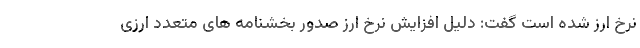
نرخ ارز شده است گفت: دلیل افزایش نرخ ارز صدور بخشنامه های متعدد ارزی